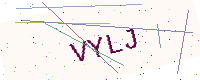
Text: VYLJ